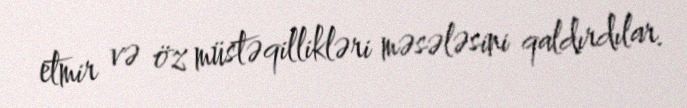
etmir və öz müstəqillikləri məsələsini qaldırdılar.